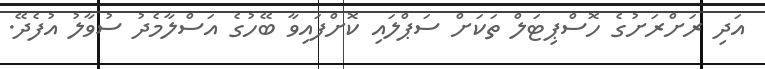
އަދި ރަށްރަށުގެ ހޮސްޕިޓަލް ތަކަށް ސަޕްލައި ކޮށްފައިވާ ބޭހުގެ އަސްލާމެދު ސުވާލު އުފެދޭ.